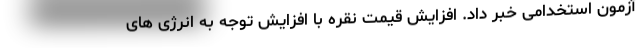
آزمون استخدامی خبر داد. افزایش قیمت نقره با افزایش توجه به انرژی های